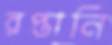
রপ্তানি